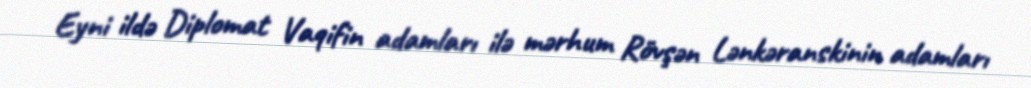
Eyni ildə Diplomat Vaqifin adamları ilə mərhum Rövşən Lənkəranskinin adamları